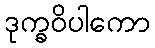
ဒုက္ခဝိပါကော